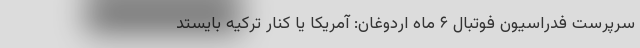
سرپرست فدراسیون فوتبال ۶ ماه اردوغان: آمریکا یا کنار ترکیه بایستد